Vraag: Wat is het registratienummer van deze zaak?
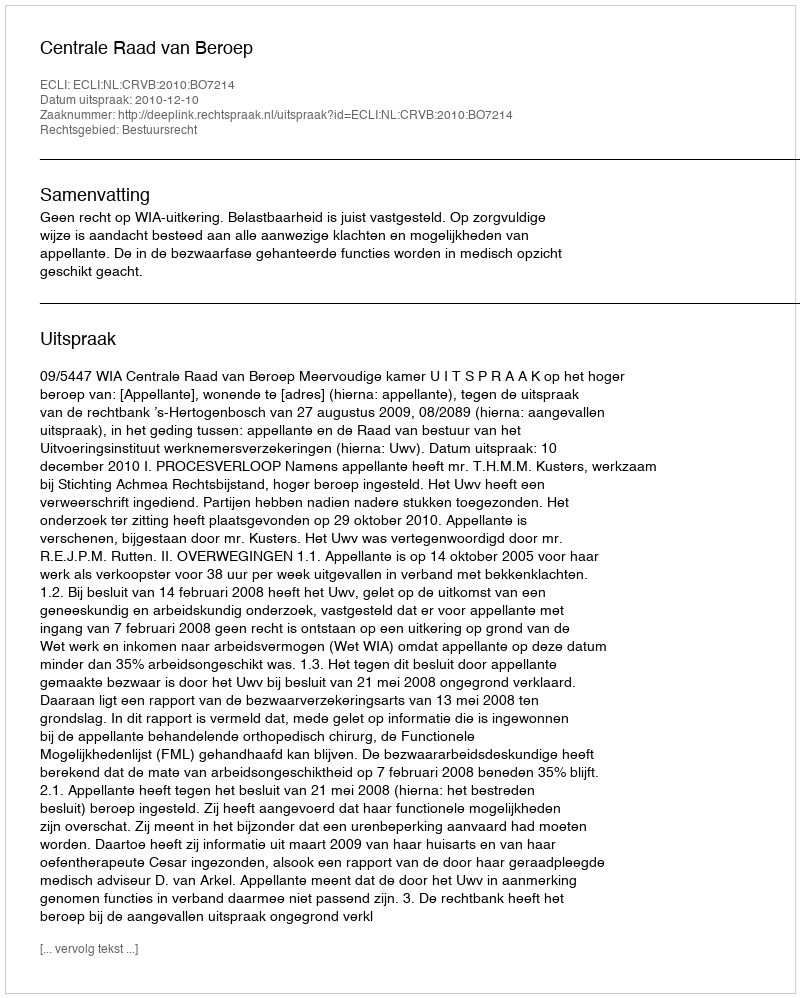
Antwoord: http://deeplink.rechtspraak.nl/uitspraak?id=ECLI:NL:CRVB:2010:BO7214